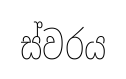
ස්වරය